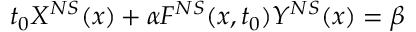
t _ { 0 } X ^ { N S } ( x ) + \alpha F ^ { N S } ( x , t _ { 0 } ) Y ^ { N S } ( x ) = \beta